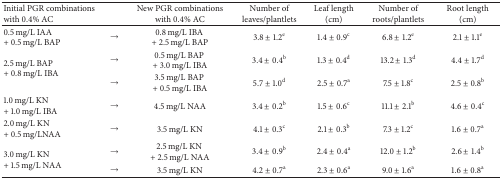
<table><thead><tr><td><b>Initial PGR combinations with 0.4% AC</b></td><td><b> </b></td><td><b>New PGR combinations with 0.4% AC</b></td><td><b>Number of leaves/plantlets</b></td><td><b>Leaf length (cm)</b></td><td><b>Number of roots/plantlets</b></td><td><b>Root length (cm)</b></td></tr></thead><tbody><tr><td>0.5 mg/L IAA + 0.5 mg/L BAP</td><td>→</td><td>0.8 mg/L IBA + 2.5 mg/L BAP</td><td>3.8 ± 1.2<sup>e</sup></td><td>1.4 ± 0.9<sup>c</sup></td><td>6.8 ± 1.2<sup>e</sup></td><td>2.1 ± 1.1<sup>e</sup></td></tr><tr><td rowspan="2">2.5 mg/L BAP + 0.8 mg/L IBA</td><td>→</td><td>0.5 mg/L BAP + 3.0 mg/L IBA</td><td>3.4 ± 0.4<sup>b</sup></td><td>1.3 ± 0.4<sup>d</sup></td><td>13.2 ± 1.3<sup>d</sup></td><td>4.4 ± 1.7<sup>d</sup></td></tr><tr><td>→</td><td>3.5 mg/L BAP + 0.5 mg/L IBA</td><td>5.7 ± 1.0<sup>d</sup></td><td>2.5 ± 0.7<sup>a</sup></td><td>7.5 ± 1.8<sup>c</sup></td><td>2.5 ± 0.8<sup>b</sup></td></tr><tr><td>1.0 mg/L KN + 1.0 mg/L IBA</td><td>→</td><td>4.5 mg/L NAA</td><td>3.4 ± 0.2<sup>b</sup></td><td>1.5 ± 0.6<sup>c</sup></td><td>11.1 ± 2.1<sup>b</sup></td><td>4.6 ± 0.4<sup>c</sup></td></tr><tr><td>2.0 mg/L KN + 0.5 mg/LNAA</td><td>→</td><td>3.5 mg/L KN</td><td>4.1 ± 0.3<sup>c</sup></td><td>2.1 ± 0.3<sup>b</sup></td><td>7.3 ± 1.2<sup>c</sup></td><td>1.6 ± 0.7<sup>a</sup></td></tr><tr><td rowspan="2">3.0 mg/L KN + 1.5 mg/L NAA</td><td>→</td><td>2.5 mg/L KN + 2.5 mg/L NAA</td><td>3.4 ± 0.9<sup>b</sup></td><td>2.4 ± 0.4<sup>a</sup></td><td>12.0 ± 1.2<sup>b</sup></td><td>2.6 ± 1.4<sup>b</sup></td></tr><tr><td>→</td><td>3.5 mg/L KN</td><td>4.2 ± 0.7<sup>a</sup></td><td>2.3 ± 0.6<sup>a</sup></td><td>9.0 ± 1.6<sup>a</sup></td><td>1.6 ± 0.8<sup>a</sup></td></tr></tbody></table>